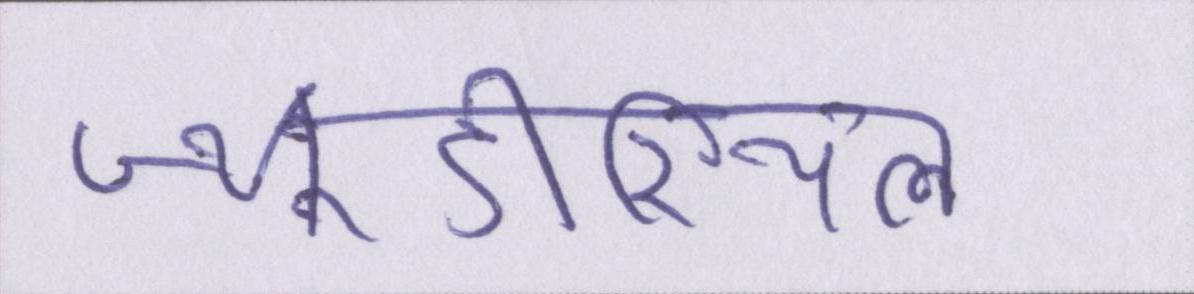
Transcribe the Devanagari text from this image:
ज्यूडीशियल